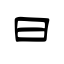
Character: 曰